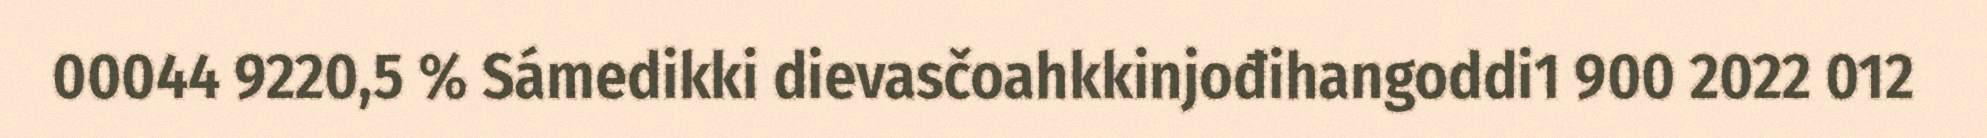
00044 9220,5 % Sámedikki dievasčoahkkinjođihangoddi1 900 2022 012